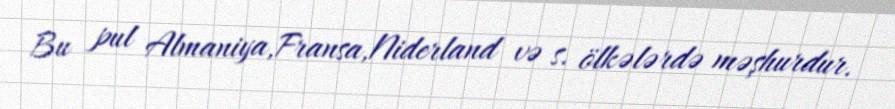
Bu pul Almaniya,Fransa,Niderland və s. ölkələrdə məşhurdur.